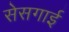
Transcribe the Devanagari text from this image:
सेसगाई